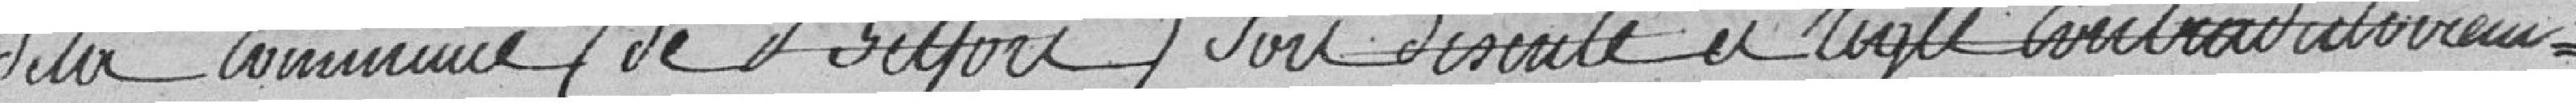
de la commune de Belfort y soit discuté en regle contradictoirement